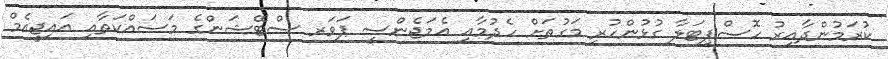
ކުރަމުންދާއިރު ހޮސްޕިޓަލާ ގުޅުންހުރި މަގުތަށް ހެދުމާއި އެމަޖެންސީ ޕަވަރ ސްޓޭޝަންގެ މަސައްކަތާއި އައިޖީއެމް